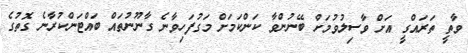
ވާތީ ތަރައްގީ އަށް ވާސިލުވުމަށް ބޭނުންވާ ކަންކަމަށް މަގުފަހިވާނެ ގާނޫނުތައް ބައްޓަންކުރާނެ ގޮތުގެ